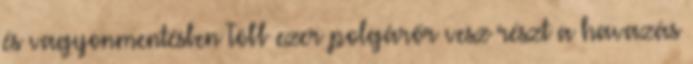
és vagyonmentésben Több ezer polgárőr vesz részt a havazás